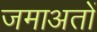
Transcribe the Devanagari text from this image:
जमाअतों